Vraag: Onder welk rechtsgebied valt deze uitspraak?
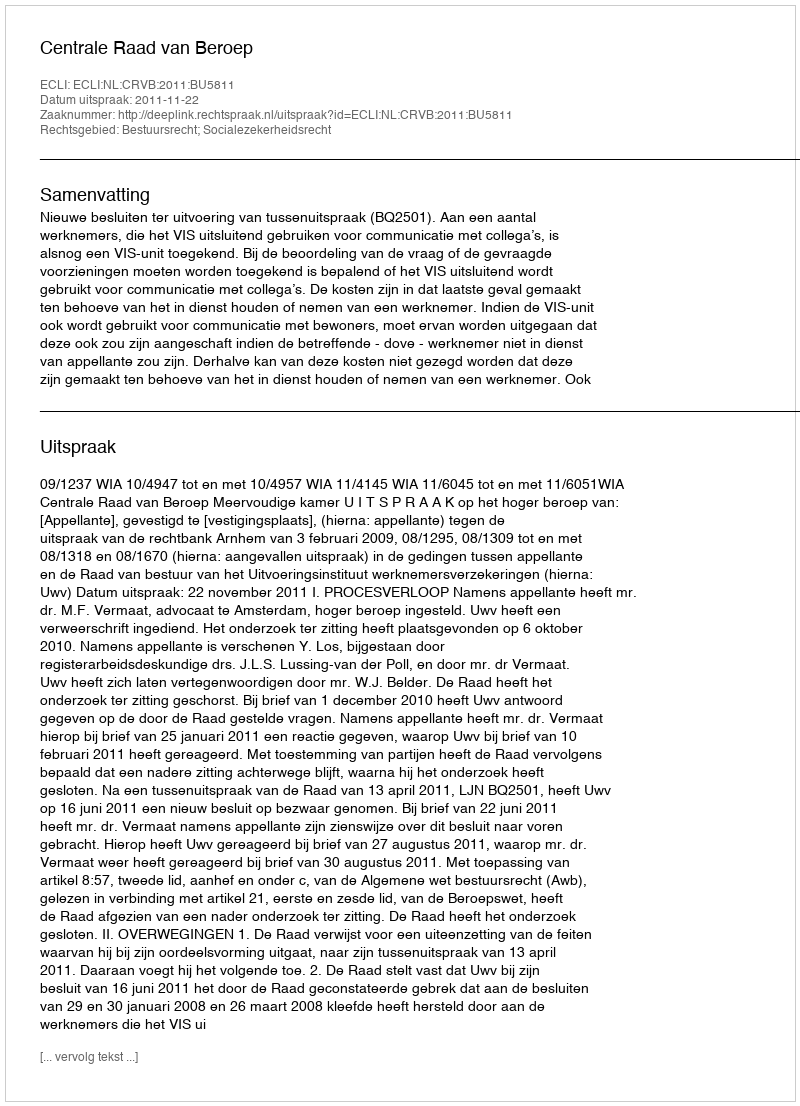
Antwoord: Bestuursrecht; Socialezekerheidsrecht